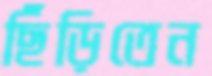
ছিঁড়িতেন